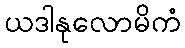
ယဒါနုလောမိကံ